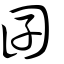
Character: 囝